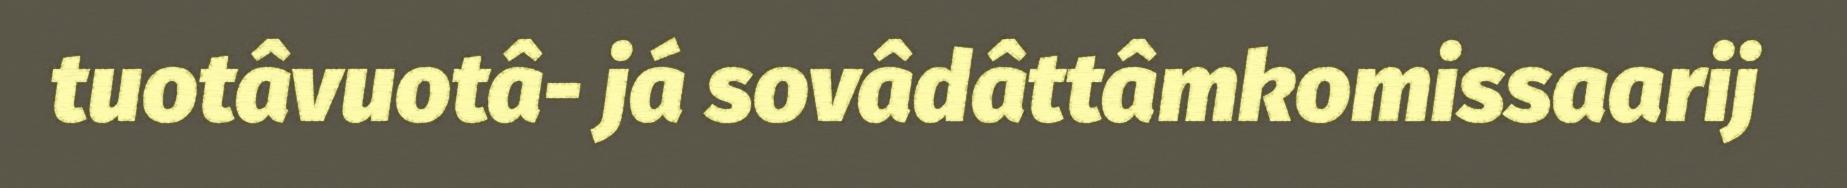
tuotâvuotâ- já sovâdâttâmkomissaarij